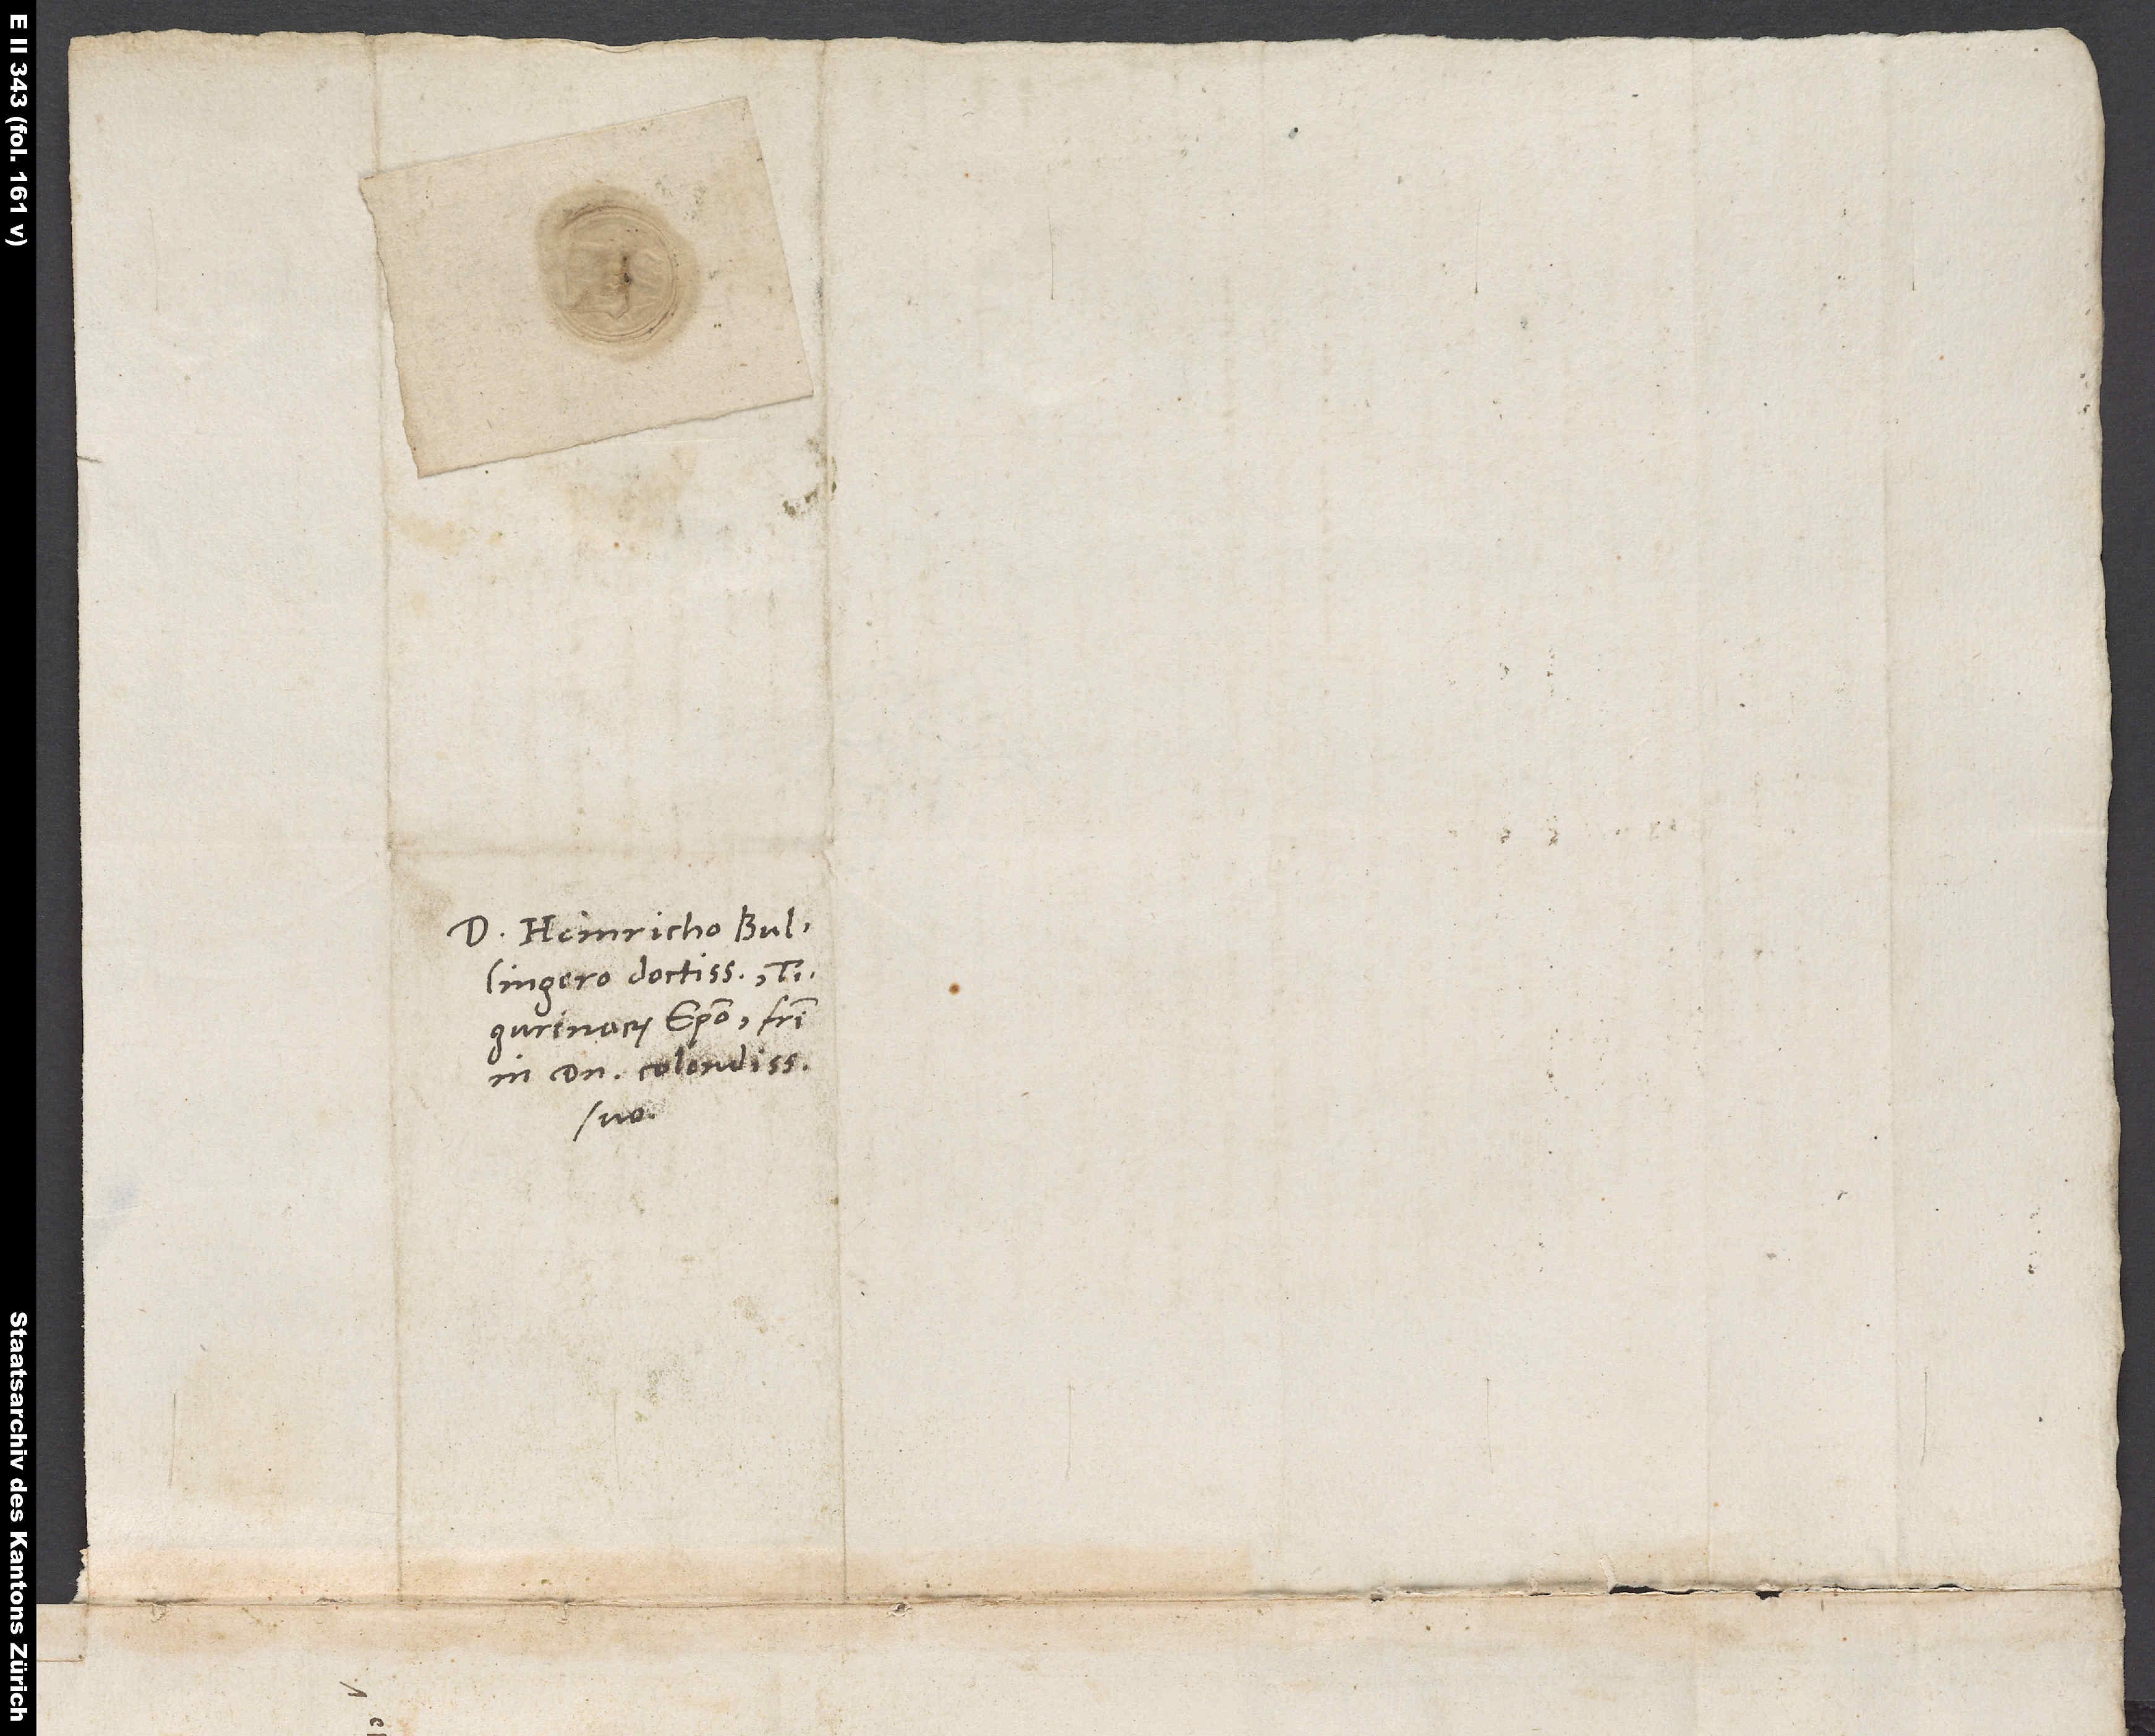
Domino Heinricho Bullingero
Tigurinorum episcopo, fratri
in domino colendissimo